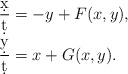
LaTeX: \begin{align*} \frac{\d x}{\d t} &= -y+F(x,y), \\ \frac{\d y}{\d t} &= x+G(x,y).\end{align*}